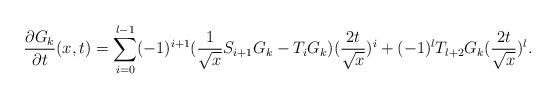
LaTeX: \begin{align*}\frac{\partial G_{k}}{\partial t}(x,t)=\sum_{i=0}^{l-1}(-1)^{i+1}(\frac{1}{\sqrt{x}}S_{i+1}G_{k} -T_{i}G_{k})(\frac{2t}{\sqrt{x}})^{i}+(-1)^{l}T_{l+2}G_{k}(\frac{2t}{\sqrt{x}})^{l}.\end{align*}